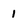
Character: 1